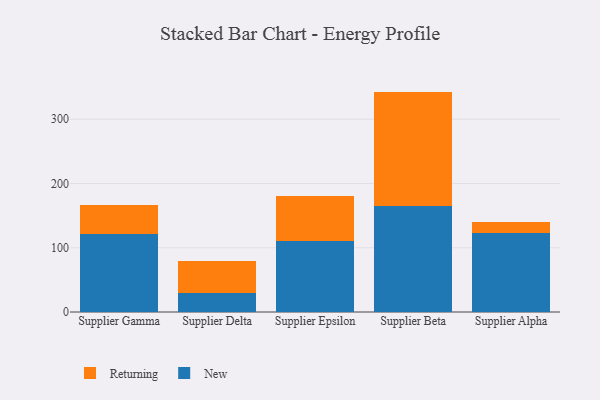
{"axis": {"x": "Supplier", "y": "Temperature (°C)"}, "legend": ["New", "Returning"], "data": [{"x": "Supplier Gamma", "y": 122.1, "type": "New"}, {"x": "Supplier Gamma", "y": 43.9, "type": "Returning"}, {"x": "Supplier Delta", "y": 29.3, "type": "New"}, {"x": "Supplier Delta", "y": 49.7, "type": "Returning"}, {"x": "Supplier Epsilon", "y": 110.7, "type": "New"}, {"x": "Supplier Epsilon", "y": 69.2, "type": "Returning"}, {"x": "Supplier Beta", "y": 164.5, "type": "New"}, {"x": "Supplier Beta", "y": 178.5, "type": "Returning"}, {"x": "Supplier Alpha", "y": 122.8, "type": "New"}, {"x": "Supplier Alpha", "y": 17.2, "type": "Returning"}]}